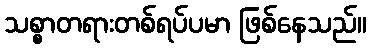
သစ္စာတရားတစ်ရပ်ပမာ ဖြစ်နေသည်။